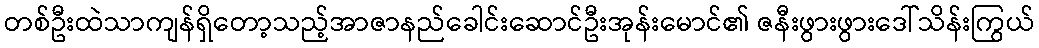
တစ်ဦးထဲသာကျန်ရှိတော့သည့်အာဇာနည်ခေါင်းဆောင်ဦးအုန်းမောင်၏ ဇနီးဖွားဖွားဒေါ်သိန်းကြွယ်